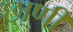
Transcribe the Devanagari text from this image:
छाणी